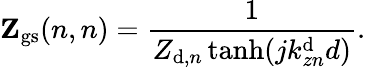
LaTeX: \mathbf{Z}_{\mathrm{gs}}(n,n)=\frac{1}{Z_{\mathrm{d},n}\operatorname{tanh}(jk_{zn}^{\mathrm{d}}d)}.